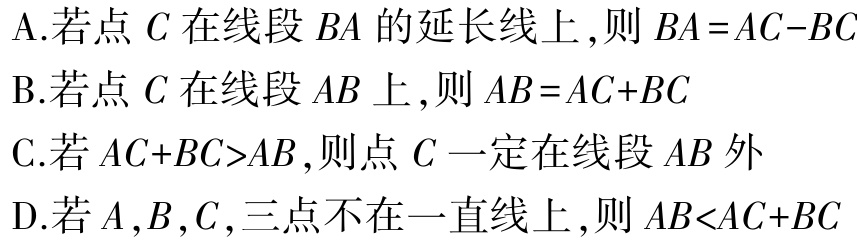
A.若点\(C\)在线段\(BA\)的延长线上，则\(BA = AC - BC\)

B.若点\(C\)在线段\(AB\)上，则\(AB = AC + BC\)

C.若\(AC + BC>AB\)，则点\(C\)一定在线段\(AB\)外

D.若\(A,B,C\)，三点不在一直线上，则\(AB<AC + BC\)